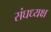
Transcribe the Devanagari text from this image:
संघध्यक्ष